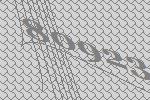
80923